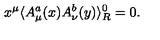
x ^ { \mu } \langle A _ { \mu } ^ { a } ( x ) A _ { \nu } ^ { b } ( y ) \rangle _ { R } ^ { 0 } = 0 .